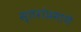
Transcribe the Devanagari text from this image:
स्तरांप्रमाणे